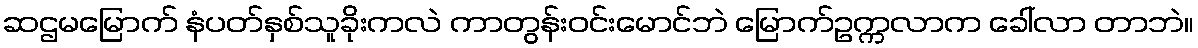
ဆဌမမြောက် နံပတ်နှစ်သူခိုးကလဲ ကာတွန်းဝင်းမောင်ဘဲ မြောက်ဥက္ကလာက ခေါ်လာ တာဘဲ။